Vital statistics of India. Vol. V, Reports of 1876 on armies & jails and on epidemic cholera
Year: 1876
Disease focus: Cholera
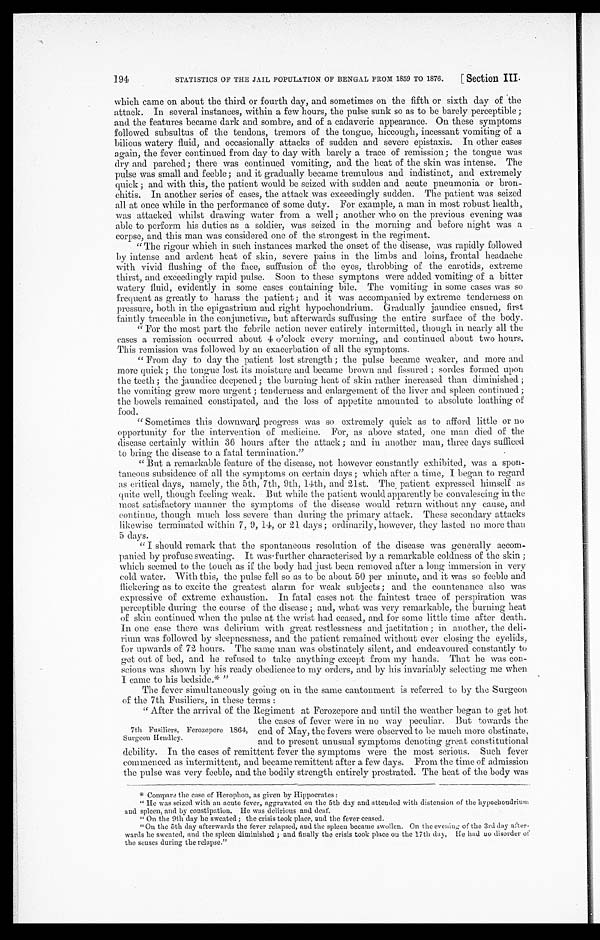
STATISTICS OF THE JAIL POPULATION OF BENGAL FROM 1859 TO 1876.
[ Section III.
194
which came on about the third or fourth day, and sometimes on the fifth or sixth day of the
attack. In several instances, within a few hours, the pulse sunk so as to be barely perceptible;
and the features became dark and sombre, and of a cadaveric appearance. On these symptoms
followed subsultus of the tendons, tremors of the tongue, hiccough, incessant vomiting of a
bilious watery fluid, and occasionally attacks of sudden and severe epistaxis. In other cases
again, the fever continued from day to day with barely a trace of remission; the tongue was
dry and parched; there was continued vomiting, and the heat of the skin was intense. The
pulse was small and feeble; and it gradually became tremulous and indistinct, and extremely
quick; and with this, the patient would be seized with sudden and acute pneumonia or bron
-chitis. In another series of cases, the attack was exceedingly sudden. The patient was seized
all at once while in the performance of some duty. For example, a man in most robust health,
was attacked whilst drawing water from a well; another who on the previous evening was
able to perform his duties as a soldier, was seized in the morning and before night was a
corpse, and this man was considered one of the strongest in the regiment.
"The rigour which in such instances marked the onset of the disease, was rapidly followed
by intense and ardent heat of skin, severe pains in the limbs and loins, frontal headache
with vivid flushing of the face, suffusion of the eyes, throbbing of the carotids, extreme
thirst, and exceedingly rapid pulse. Soon to these symptons were added vomiting of a bitter
watery fluid, evidently in some cases containing bile. The vomiting in some cases was so
frequent as greatly to harass the patient; and it was accompanied by extreme tenderness on
pressure, both in the epigastrium and right hypochondrium. Gradually jaundice ensued, first
faintly traceable in the conjunctivæ, but afterwards suffusing the entire surface of the body.
"For the most part the febrile action never entirely intermitted, though in nearly all the
eases a remission occurred about 4 o'clock every morning, and continued
about two hours.
This remission was followed by an exacerbation of all the symptoms.
"From day to day the patient lost strength; the pulse became weaker, and more and
more quick; the tongue lost its moisture and became brown and fissured; sordes formed upon
the teeth; the jaundice deepened; the burning heat of skin rather increased than diminished;
the vomiting grew more urgent; tenderness and enlargement of the liver and spleen continued;
the bowels remained constipated, and the loss of appetite amounted to absolute loathing of
food.
"Sometimes this downward progress was so extremely quick as to afford little or no
opportunity for the intervention of medicine. For, as above stated, one man died of the
disease certainly within 36 hours after the attack; and in another man, three days sufficed
to bring the disease to a fatal termination."
"But a remarkable feature of the disease, not however constantly exhibited, was a spon
-taneous subsidence of all the symptoms on certain days; which after a time, I began to regard
as critical days, namely, the 5th, 7th, 9th, 14th, and 21st. The patient expressed himself as
quite well, though feeling weak. But while the patient would apparently be convalescing in the
most satisfactory manner the symptoms of the disease would return without any cause, and
continue, though much less severe than during the primary attack. These secondary attacks
likewise terminated within 7, 9, 14, or 21 days ; ordinarily, however, they lasted no more than
5 days.
"I should remark that the spontaneous resolution of the disease was generally accom
-panied by profuse sweating. It was further characterised by a remarkable coldness of the skin;
which seemed to the touch as if the body had just been removed after a long immersion in very
cold water. With this, the pulse fell so as to be about 50 per minute, and it was so feeble and
flickering as to excite the greatest alarm for weak subjects; and the countenance also was
expressive of extreme exhaustion. In fatal cases not the faintest trace of perspiration was
perceptible during the course of the disease; and, what was very remarkable, the burning heat
of skin continued when the pulse at the wrist had ceased, and for some little time after death.
In one case there was delirium with great restlessness and jactitation; in another, the deli--
rium was followed by sleepnessness, and the patient remained without ever closing the eyelids,
for upwards of 72 hours. The same man was obstinately silent, and endeavoured constantly to
get out of bed, and he refused to take anything except from my hands. That he was con
-scious was shown by his ready obedience to my orders, and by his invariably selecting me when
I came to his bedside.* "
The fever simultaneously going on in the same cantonment is referred to by the Surgeon
of the 7th Fusiliers, in these terms:
" After the arrival of the Regiment at Ferozepore and until the weather began to get hot
the cases of fever were in no way peculiar. But towards the
end of May, the fevers were observed to be much more obstinate,
and to present unusual symptoms denoting great constitutional
debility. In the cases of remittent fever the symptoms were the most serious. Such fever
commenced as intermittent, and became remittent after a few days. From the time of admission
the pulse was very feeble, and the bodily strength entirely prostrated. The heat of the body was
* Compare the case of Herophon, as given by Hippocrates :
"He was seized with an acute fever, aggravated on the 5th day and attended with distension of the hypochondrium
and spleen, and by constipation. He was delirious and deaf.
"On the 9th day he sweated; the crisis took place, and the fever ceased.
"On the 5th day afterwards the fever relapsed, and the spleen became swollen. On the evening of the 3rd day after
- w a r d s b e s w e a t e d , a n d t h e s p l e e n d i m i n i s h e d ; a n d f i n a l l y t h e c r i s i s t o o k p l a c e o n t h e 1 7 t h d a y , H e h a d n o d i s o r d e r o f
the senses during the relapse."
7th Fusiliers, Ferozepore 1864,
Surgeon Hendley.